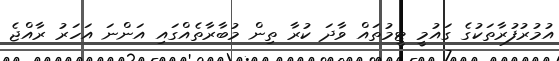
އުމުރުފުރާތަކުގެ ގައުމީ ޓީމުތައް ވާދަ ކުރާ ތިން މުބާރާތެއްގައި އަންނަ އަހަރު ރާއްޖެ